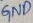
Text: GND